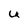
Character: U